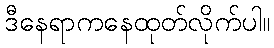
ဒီနေရာကနေထုတ်လိုက်ပါ။